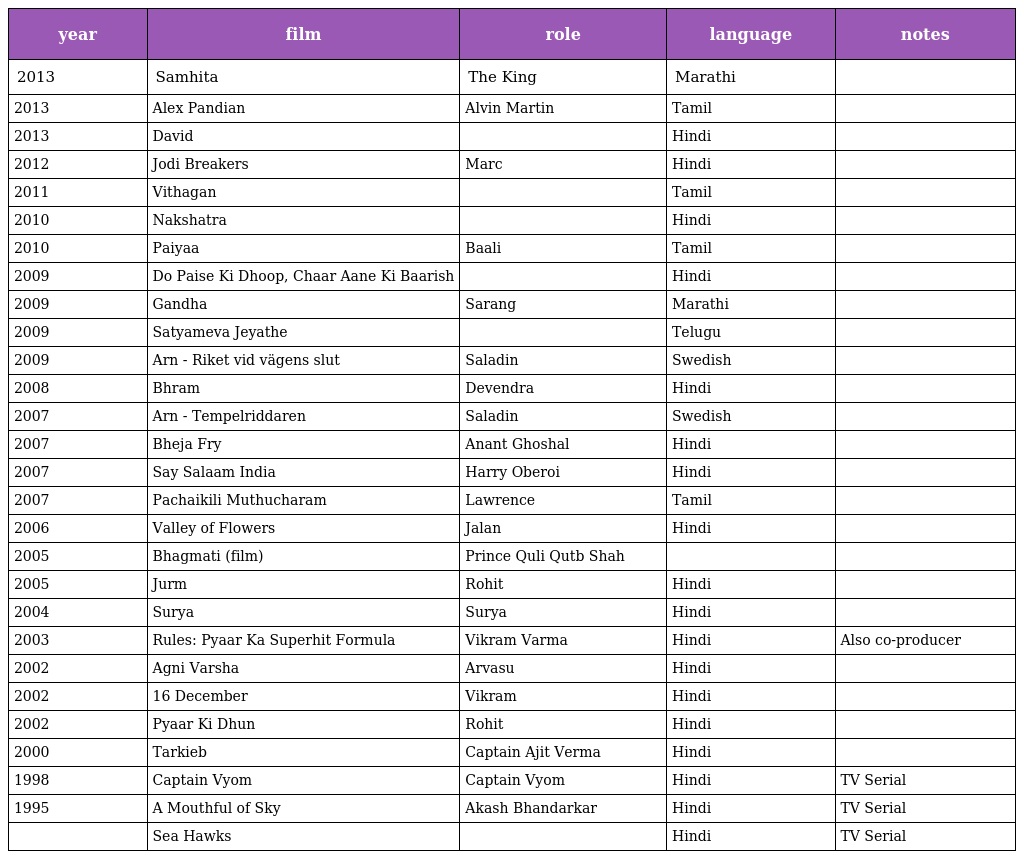
| year | film | role | language | notes |
 | --- | --- | --- | --- | --- |
 | 2013 | Samhita | The King | Marathi |  |
 | 2013 | Alex Pandian | Alvin Martin | Tamil |  |
 | 2013 | David |  | Hindi |  |
 | 2012 | Jodi Breakers | Marc | Hindi |  |
 | 2011 | Vithagan |  | Tamil |  |
 | 2010 | Nakshatra |  | Hindi |  |
 | 2010 | Paiyaa | Baali | Tamil |  |
 | 2009 | Do Paise Ki Dhoop, Chaar Aane Ki Baarish |  | Hindi |  |
 | 2009 | Gandha | Sarang | Marathi |  |
 | 2009 | Satyameva Jeyathe |  | Telugu |  |
 | 2009 | Arn - Riket vid vägens slut | Saladin | Swedish |  |
 | 2008 | Bhram | Devendra | Hindi |  |
 | 2007 | Arn - Tempelriddaren | Saladin | Swedish |  |
 | 2007 | Bheja Fry | Anant Ghoshal | Hindi |  |
 | 2007 | Say Salaam India | Harry Oberoi | Hindi |  |
 | 2007 | Pachaikili Muthucharam | Lawrence | Tamil |  |
 | 2006 | Valley of Flowers | Jalan | Hindi |  |
 | 2005 | Bhagmati (film) | Prince Quli Qutb Shah |  |  |
 | 2005 | Jurm | Rohit | Hindi |  |
 | 2004 | Surya | Surya | Hindi |  |
 | 2003 | Rules: Pyaar Ka Superhit Formula | Vikram Varma | Hindi | Also co-producer |
 | 2002 | Agni Varsha | Arvasu | Hindi |  |
 | 2002 | 16 December | Vikram | Hindi |  |
 | 2002 | Pyaar Ki Dhun | Rohit | Hindi |  |
 | 2000 | Tarkieb | Captain Ajit Verma | Hindi |  |
 | 1998 | Captain Vyom | Captain Vyom | Hindi | TV Serial |
 | 1995 | A Mouthful of Sky | Akash Bhandarkar | Hindi | TV Serial |
 |  | Sea Hawks |  | Hindi | TV Serial |